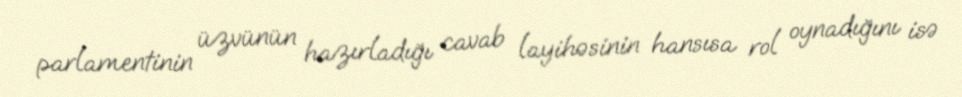
parlamentinin üzvünün hazırladığı cavab layihəsinin hansısa rol oynadığını isə